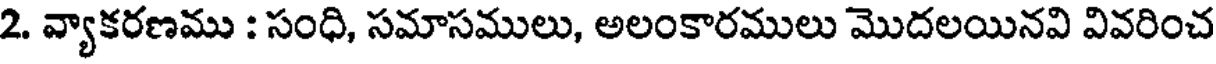
2. వ్యాకరణము : సంధి, సమాసములు, అలంకారములు మొదలయినవి వివరించ